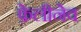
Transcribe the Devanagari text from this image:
फ़ेलीनेव